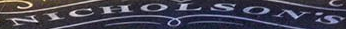
NICHOLSON'S